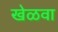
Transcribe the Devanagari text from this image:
खेळवा